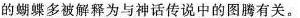
的蝴蝶多被解释为与神话传说中的图腾有关。